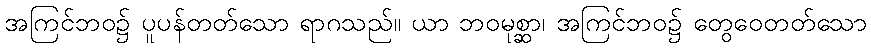
အကြင်ဘဝ၌ ပူပန်တတ်သော ရာဂသည်။ ယာ ဘဝမုစ္ဆာ၊ အကြင်ဘဝ၌ တွေဝေတတ်သော